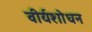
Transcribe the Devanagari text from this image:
वीर्यशोधन